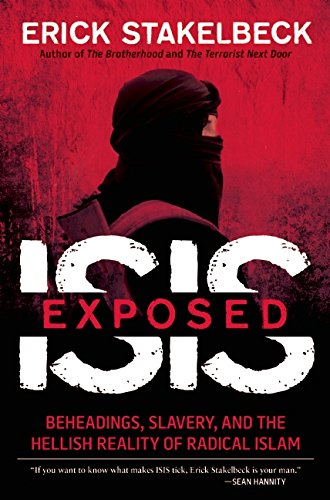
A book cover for ISIS Exposed: Beheadings, Slavery, and the Hellish Reality of Radical Islam; Erick Stakelbeck; Religion & Spirituality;